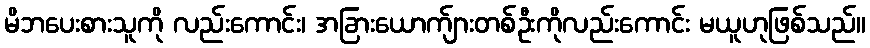
မိဘပေးစားသူကို လည်းကောင်း၊ အခြားယောက်ျားတစ်ဦးကိုလည်းကောင်း မယူဟုဖြစ်သည်။